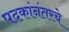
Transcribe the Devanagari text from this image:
पदकांनंतरचे